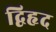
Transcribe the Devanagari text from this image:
द्विहृद